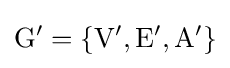
\mathrm {G'=\{V',E',A'\}}